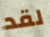
لقد